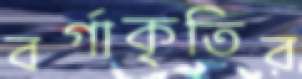
বর্গাকৃতির